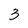
Character: 3